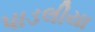
પાડલીયા